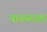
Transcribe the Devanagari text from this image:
बारम्‍बारता